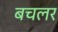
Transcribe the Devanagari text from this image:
बचलर